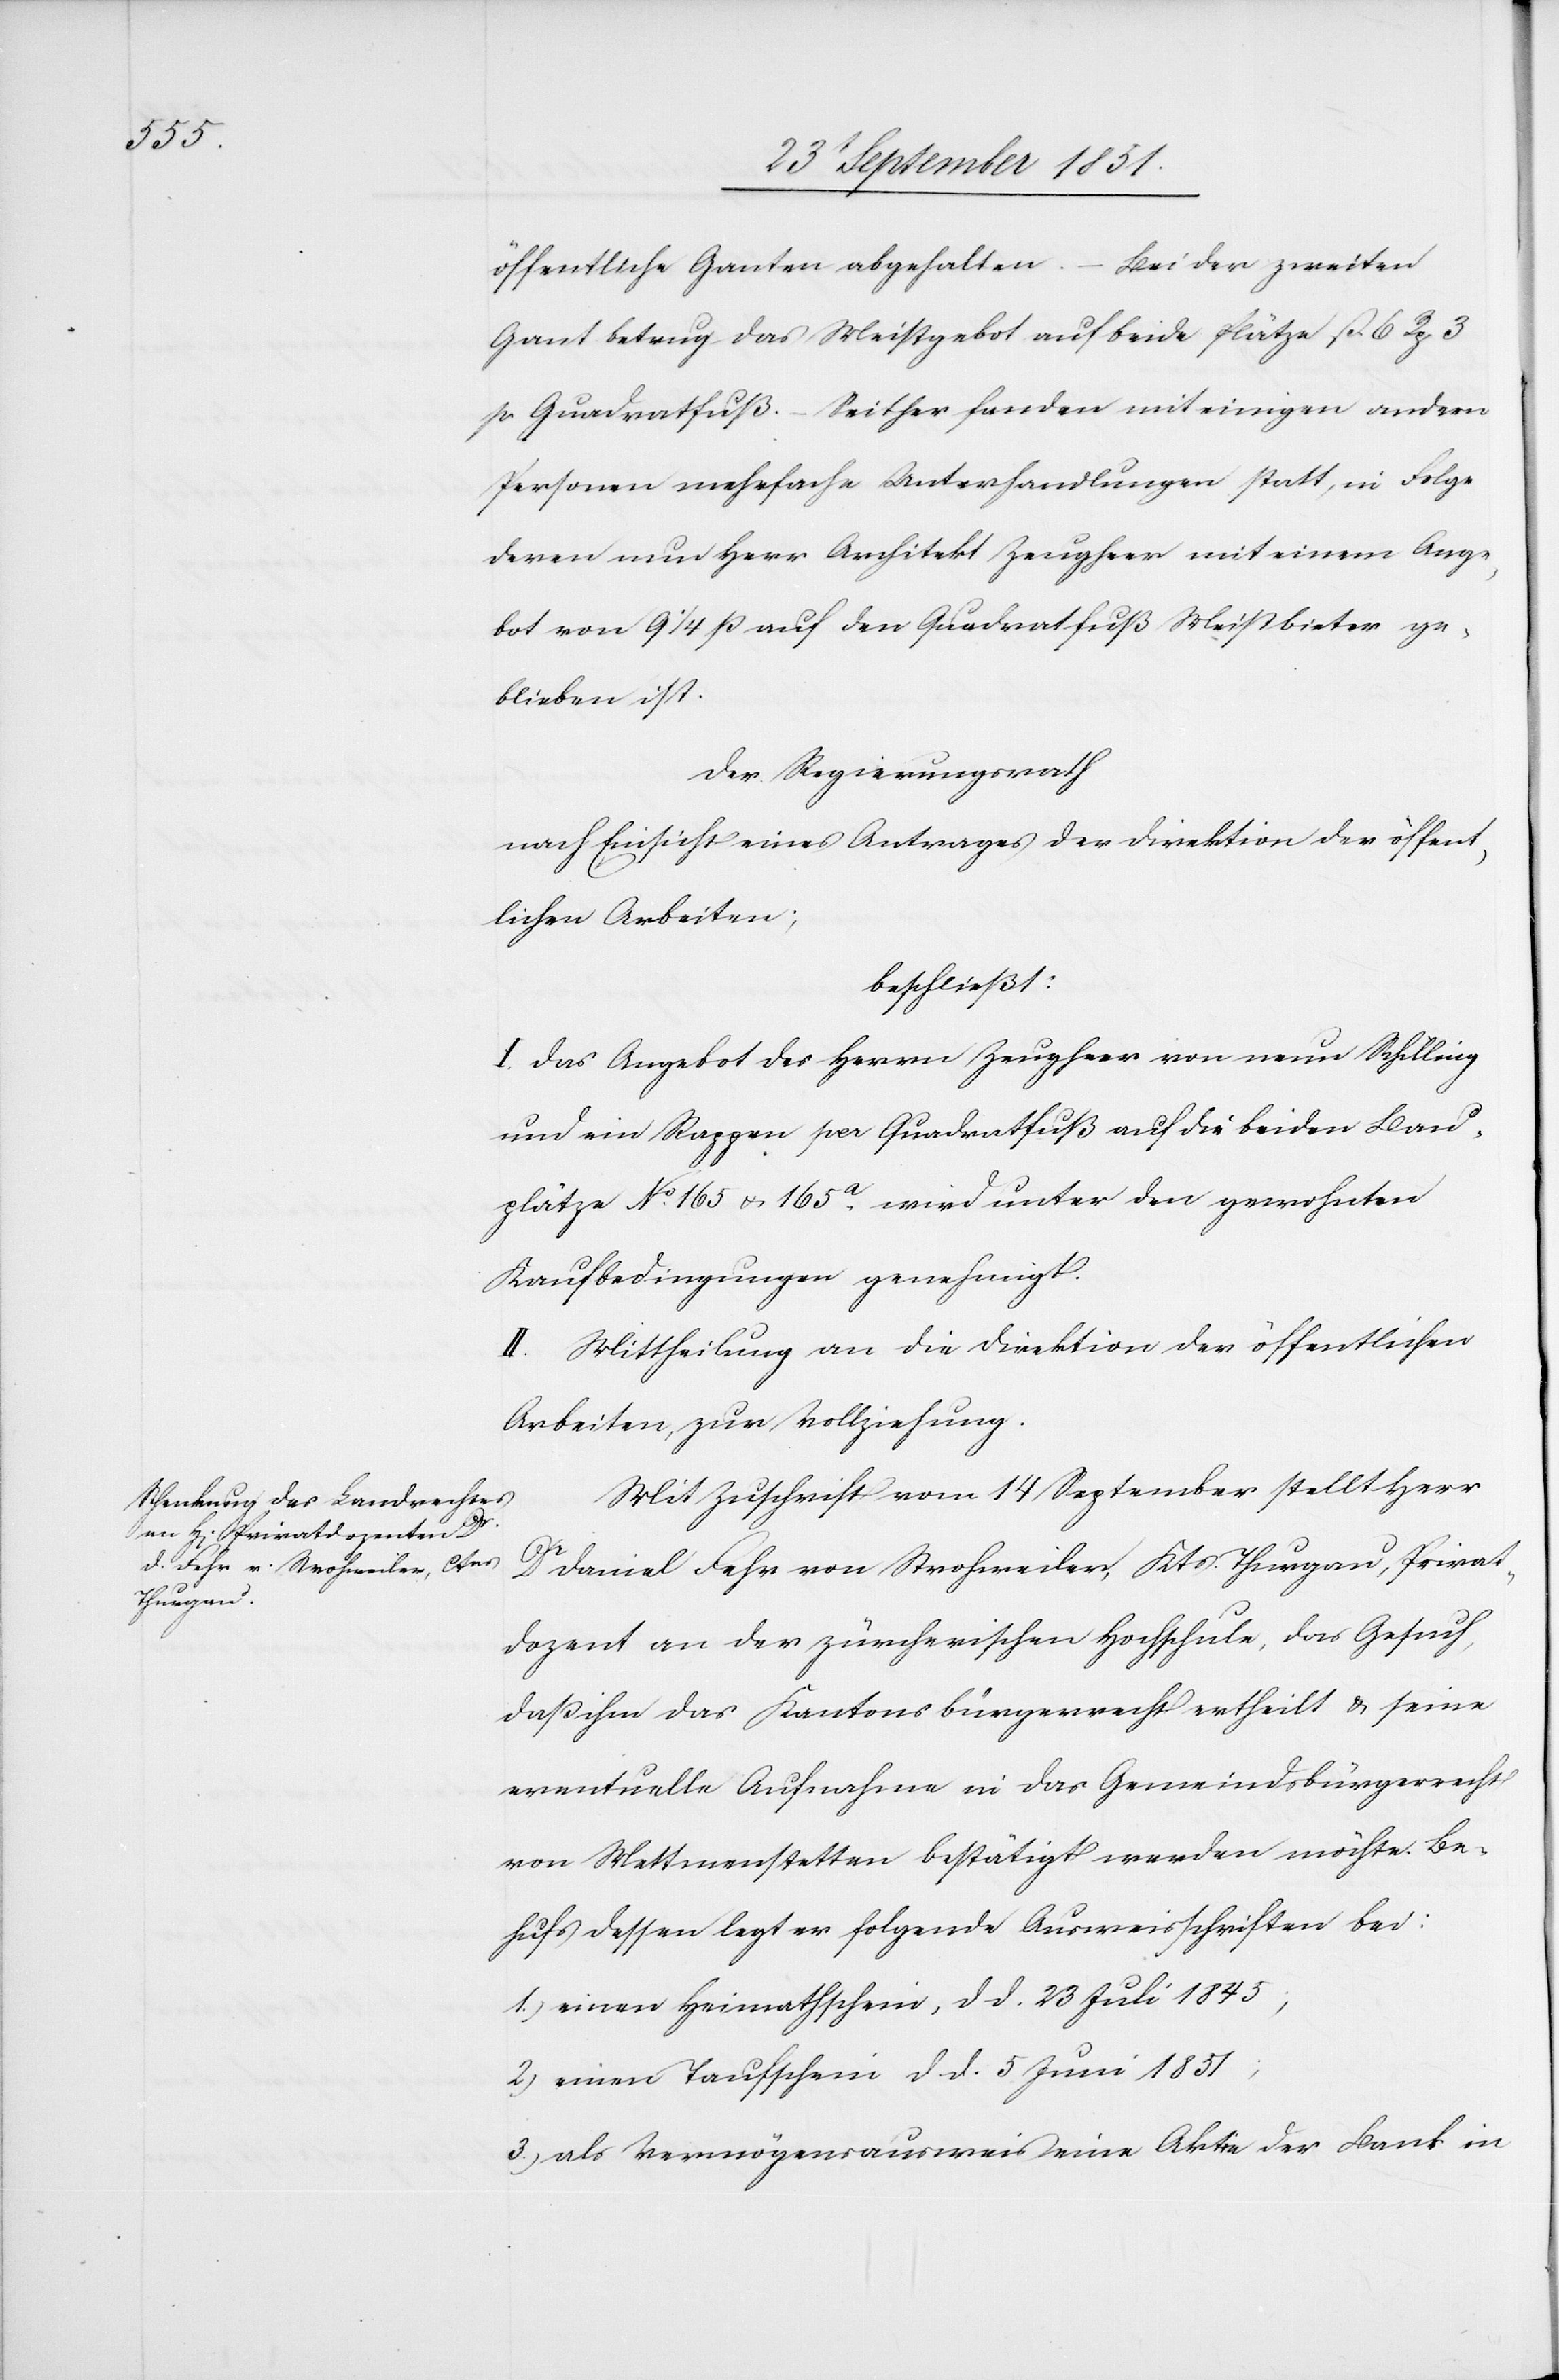
Bei der zweiten
öffentliche Ganten abgehalten.
Gant betrug das Meistgebot auf beide Plätze ß. 6 Rp. 3
p. Quadratfuß. – Seither fanden mit einigen andern
Personen mehrfache Unterhandlungen statt, in Folge
deren nun Herr Architekt Zeugheer mit einem Ange¬
bot von 9 1/4 ß auf den Quadratfuß Meistbieter ge¬
blieben ist.
Der Regierungsrath
nach Einsicht eines Antrages der Direktion der öffent¬
lichen Arbeiten;
beschließt:
I. Das Angebot des Herrn Zeugheer von neun Schilling
und ein Rappen per Quadratfuß auf die beiden Bau¬
plätze No. 165 & 165a. wird unter den gewohnten
Kaufbedingungen genehmigt.
II. Mittheilung an die Direktion der öffentlichen
Arbeiten, zur Vollziehung.
Mit Zuschrift vom 14 September stellt Herr
Dr Daniel Fehr von Strohweiler, Kts. Thurgau, Privat¬
dozent an der zürcherischen Hochschule, das Gesuch,
daß ihm das Kantonsbürgerrecht ertheilt & seine
eventuelle Aufnahme in das Gemeindsbürgerrecht
von Mettmenstetten bestätigt werden möchte. Be¬
hufs dessen legt er folgende Ausweisschriften bei:
1.) einen Heimathschein, d d. 23 Juli 1845;
2) einen Taufschein d d. 5 Juni 1851;
3.) als Vermögensausweis eine Aktie der Bank in